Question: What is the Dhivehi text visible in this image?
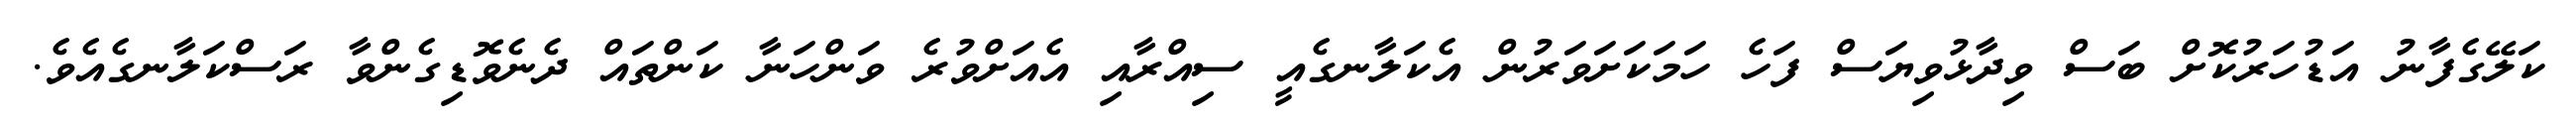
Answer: ކަލޭގެފާނު އަޑުހަރުކޮށް ބަސް ވިދާޅުވިޔަސް ފަހެ ހަމަކަށަވަރުން އެކަލާނގެއީ ސިއްރާއި އެއަށްވުރެ ވަންހަނާ ކަންތައް ދެނެވޮޑިގެންވާ ރަސްކަލާނގެއެވެ.